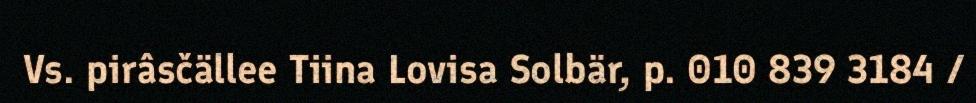
Vs. pirâsčällee Tiina Lovisa Solbär, p. 010 839 3184 /